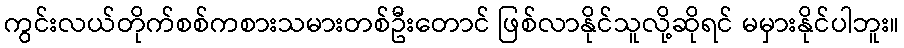
ကွင်းလယ်တိုက်စစ်ကစားသမားတစ်ဦးတောင် ဖြစ်လာနိုင်သူလို့ဆိုရင် မမှားနိုင်ပါဘူး။